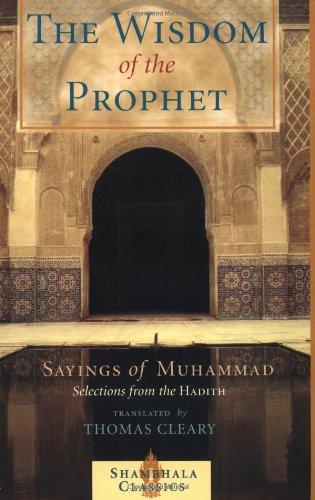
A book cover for The Wisdom of the Prophet: The Sayings of Muhammad; Religion & Spirituality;